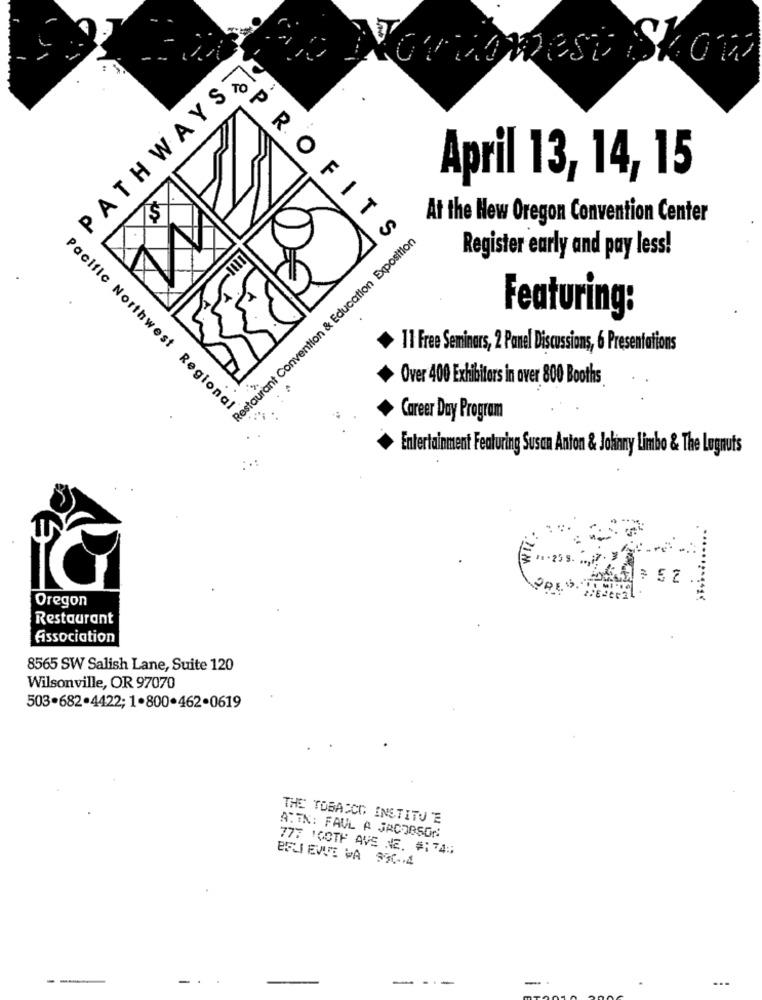
PATHWAYS&
orvomest Skow
O
April 13, 14, 15
IS
At the New Oregon Convention Center
Restaurant Convention & Education Exposition
ITS
Register early and pay less!
Featuring:
11 Free Seminars, 2 Panel Discussions, 6 Presentations
Over 400 Exhibitors in over 800 Booths
Pacific Northwest Regional
Career Day Program
Entertainment Featuring Susan Anton & Johnny Limbo & The Lugnuts
Oregon
Restaurant
Association
8565 SW Salish Lane, Suite 120
Wilsonville, OR 97070
503.682.4422; 1.800.462.0619
THE TOBACCO INSTITU E
ATTN: FAUL A JACOBSON
777 'GOTH AVE NE. #1 74;
BFLI EVUE VA 950-4
-